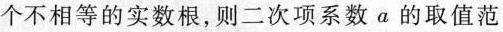
个不相等的实数根，则二次项系数a的取值范